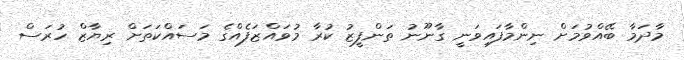
މާދަމާ ބޭއްވުމަށް ނިންމާފައިވަނީ ގާނޫނު ތަންފީޒު ކުރާ މުވައްޒަފެއްގެ މަސައްކަތަށް ރިޔާޒް ހުރަސް